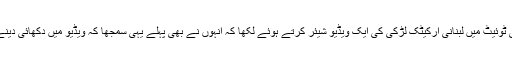
اقرا عزیز کی بہن سدرہ عزیز نے اپنی ٹوئیٹ میں لبنانی آرکیٹک لڑکی کی ایک ویڈیو شیئر کرتے ہوئے لکھا کہ انہوں نے بھی پہلے یہی سمجھا کہ ویڈیو میں دکھائی دینے والی لڑکی ان کی بہن اقرا عزیز ہیں۔